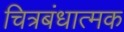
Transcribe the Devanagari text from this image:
चित्रबंधात्मक